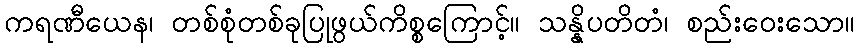
ကရဏီယေန၊ တစ်စုံတစ်ခုပြုဖွယ်ကိစ္စကြောင့်။ သန္နိပတိတံ၊ စည်းဝေးသော။